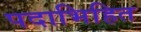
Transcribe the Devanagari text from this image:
पदाभिहित